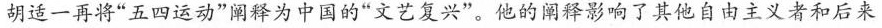
胡适一再将”五四运动”阐释为中国的”文艺复兴”。他的阐释影响了其他自由主义者和后来